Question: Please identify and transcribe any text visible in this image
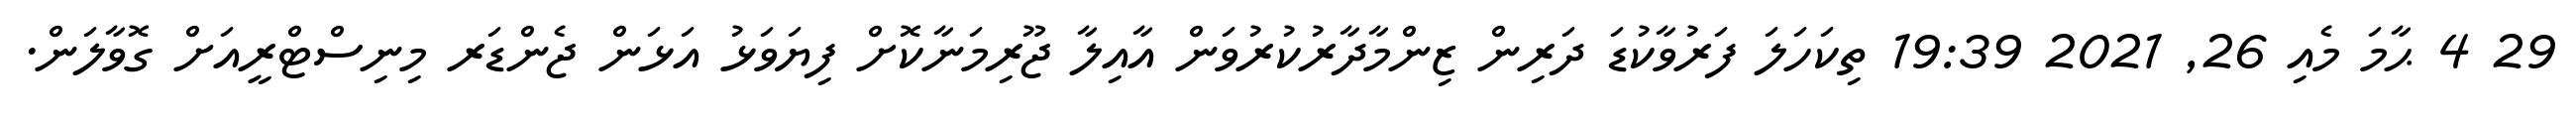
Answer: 29 4 ޙާމަ މެއި 26, 2021 19:39 ތިކަހަލަ ފަރުވާކުޑަ ދަރިން ޒިންމާދާރުކުރުވަން އާއިލާ ޖޫރިމަނާކޮށް ފިޔަވަޅު އަޅަން ޖެންޑަރ މިނިސްޓްރީއަށް ގޮވާލަން.